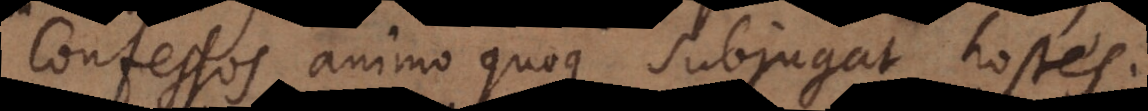
Confessos animo quoque subjugat hostes,